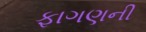
ફાગણની